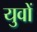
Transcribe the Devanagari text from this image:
युवों